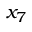
x _ { 7 }